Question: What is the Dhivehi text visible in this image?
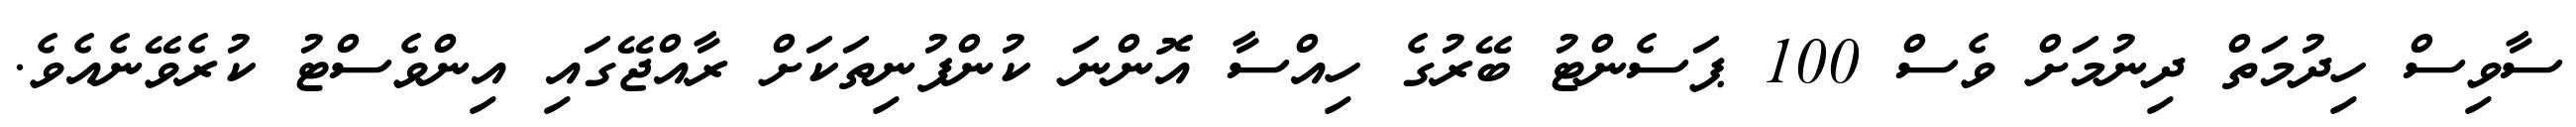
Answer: ސާވިސް ހިދުމަތް ދިނުމަށް ވެސް 100 ޕަސެންޓު ބޭރުގެ ހިއްސާ އޮންނަ ކުންފުނިތަކަށް ރާއްޖޭގައި އިންވެސްޓު ކުރެވޭނެއެވެ.